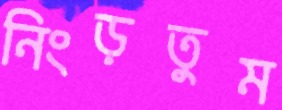
নিংড়তুম